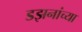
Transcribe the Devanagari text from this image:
डझनांच्या